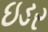
ઇડર